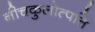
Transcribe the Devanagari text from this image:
नीचकुलोत्पत्ति